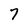
Character: 7